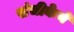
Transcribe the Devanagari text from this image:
संचीकेने